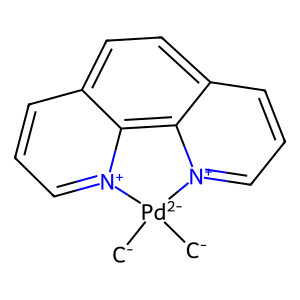
SMILES: [CH2-][Pd-2]1([CH2-])[n+]2cccc3ccc4ccc[n+]1c4c32
Inhibits HIV replication: Yes